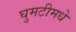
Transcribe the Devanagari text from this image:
घुमटीमधे